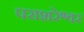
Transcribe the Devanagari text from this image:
पराशरेश्वर